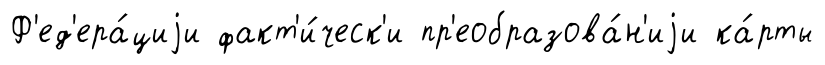
Ф'ед'ера́циjи факт'и́ческ'и пр'еобразова́н'иjи ка́рты